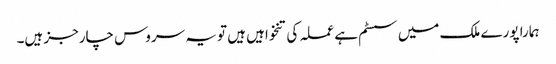
ہمارا پورے ملک میں سسٹم ہے عملہ کی تنخواہیں ہیں تو یہ سروس چارجز ہیں۔